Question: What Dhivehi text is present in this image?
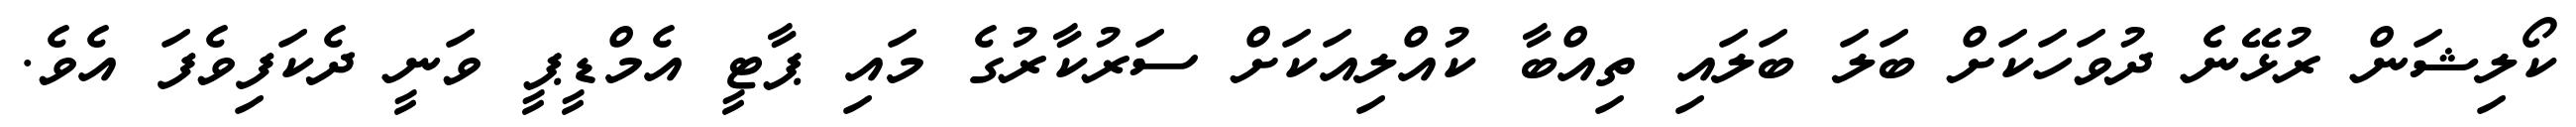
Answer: ކޯލިޝަން ރުޅޭނެ ދުވަހަކަށް ބަލަ ބަލައި ތިއްބާ ކުއްލިއަކަށް ސަރުކާރުގެ މައި ޕާޓީ އެމްޑީޕީ ވަނީ ދެކަފިވެފަ އެވެ.